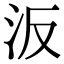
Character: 汳